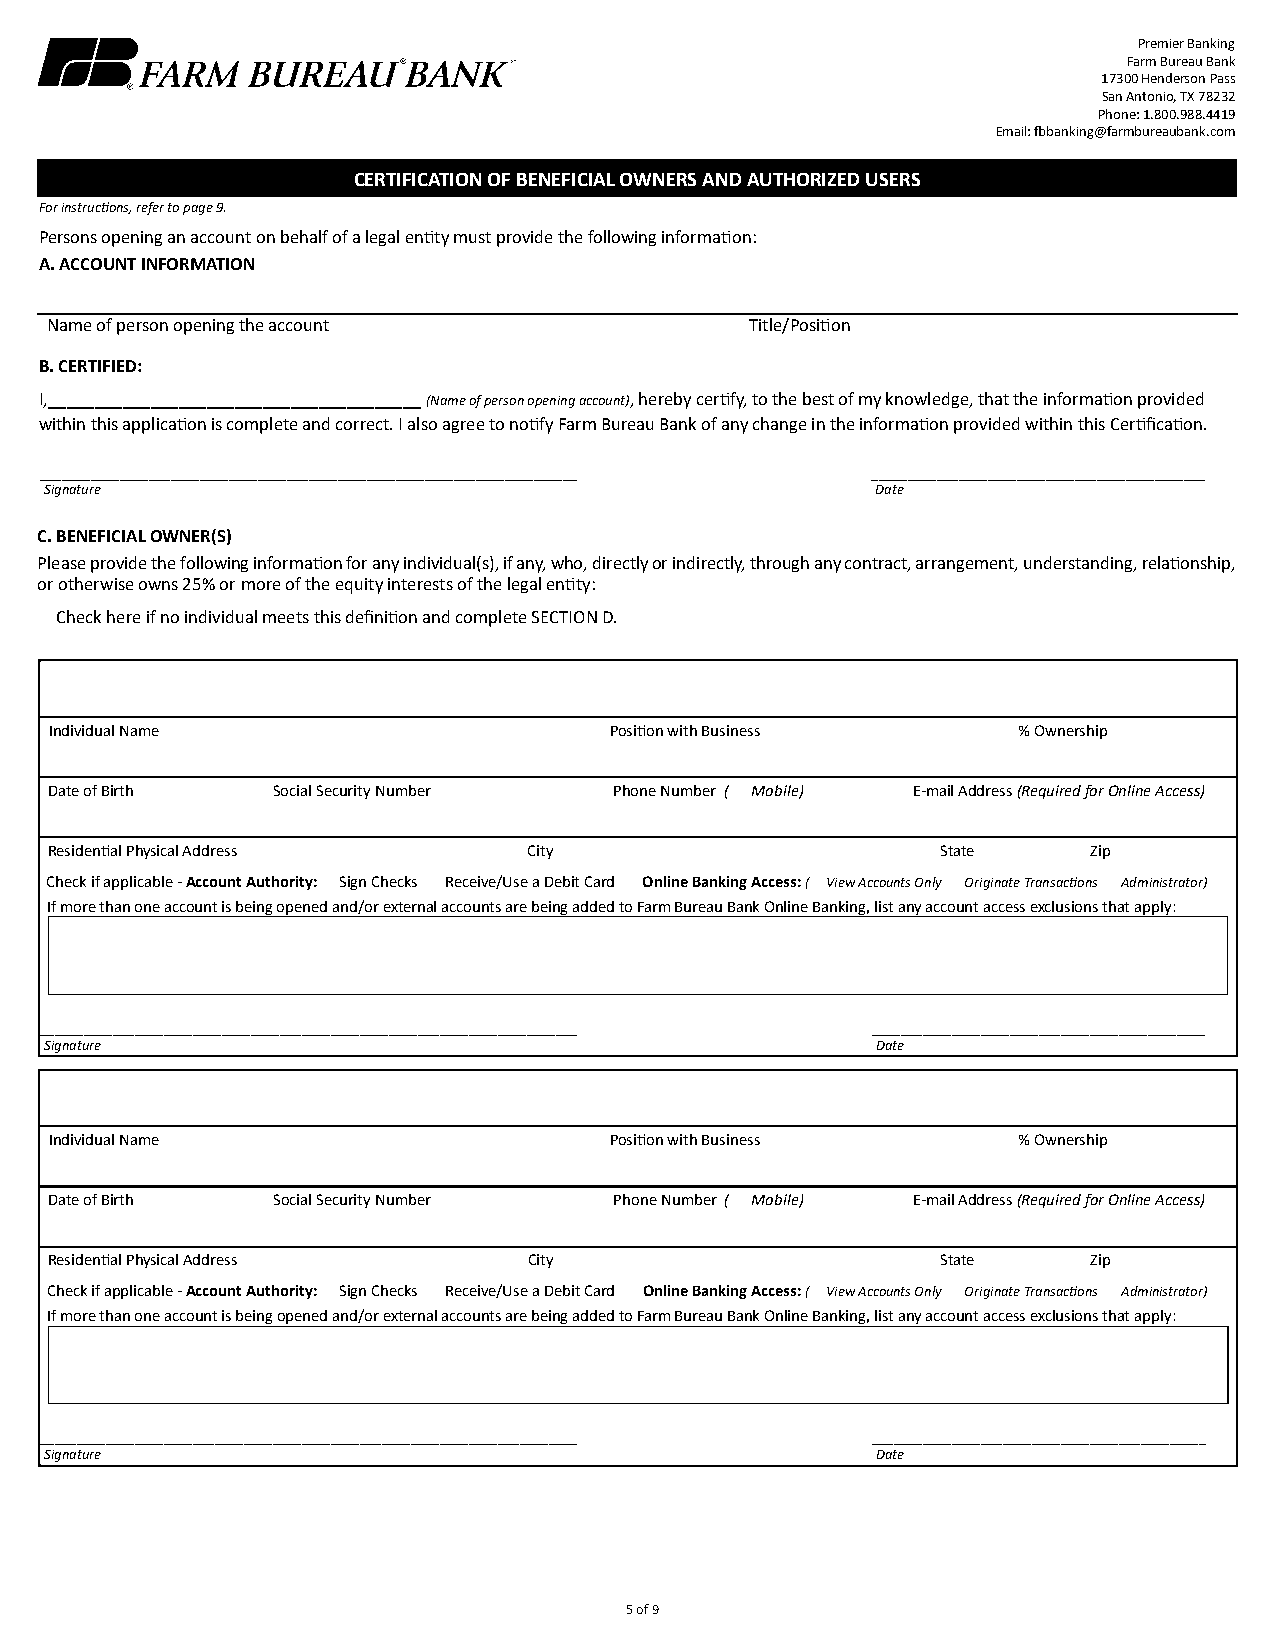
Premier Banking
 Farm Bureau Bank
 17300 Henderson Pass
 San Antonio, TX 78232
 Phone: 1.800.988.4419
 Email: fbbanking@farmbureaubank.com
 CERTIFICATION OF BENEFICIAL OWNERS AND AUTHORIZED USERS
 For instructions, refer to page 9.
 Persons opening an account on behalf of a legal entity must provide the following information:
 A. ACCOUNT INFORMATION
 Name of person opening the account             Title/Position
 B. CERTIFIED:
 I,________________________________________ (Name of person opening account), hereby certify, to the best of my knowledge, that the information provided
 within this application is complete and correct. I also agree to notify Farm Bureau Bank of any change in the information provided within this Certification.
 __________________________________________________________________________ ______________________________________________
 Signature                                              Date
 C. BENEFICIAL OWNER(S)
 Please provide the following information for any individual(s), if any, who, directly or indirectly, through any contract, arrangement, understanding, relationship,
 or otherwise owns 25% or more of the equity interests of the legal entity:
 Check here if no individual meets this definition and complete SECTION D.
 Individual Name                      Position with Business     % Ownership
 Date of Birth  Social Security Number Phone Number ( Mobile) E-mail Address (Required for Online Access)
 Residential Physical Address    City                       State     Zip
 Check if applicable - Account Authority: Sign Checks Receive/Use a Debit Card Online Banking Access: ( View Accounts Only Originate Transactions Administrator)
 If more than one account is being opened and/or external accounts are being added to Farm Bureau Bank Online Banking, list any account access exclusions that apply:
 __________________________________________________________________________ ______________________________________________
 Signature                                              Date
 Individual Name                      Position with Business     % Ownership
 Date of Birth  Social Security Number Phone Number ( Mobile) E-mail Address (Required for Online Access)
 Residential Physical Address    City                       State     Zip
 Check if applicable - Account Authority: Sign Checks Receive/Use a Debit Card Online Banking Access: ( View Accounts Only Originate Transactions Administrator)
 If more than one account is being opened and/or external accounts are being added to Farm Bureau Bank Online Banking, list any account access exclusions that apply:
 __________________________________________________________________________ ______________________________________________
 Signature                                              Date
 5 of 9